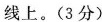
线上。(3分)